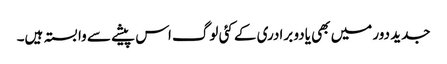
جدید دور میں بھی یادو برادری کے کئی لوگ اس پیشے سے وابستہ ہیں۔